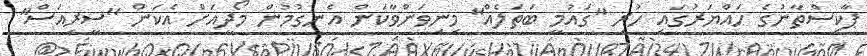
ޕާކިސްތާނުގެ ހައްޔަރުގައި ހުރި "ގައުމީ ބަތަލެއް" މިނިވަންވާކަން އެނގުމުން މޯދީއަށް އެކަން "ސީރިއަސް"